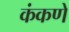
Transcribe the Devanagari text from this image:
कंकणे